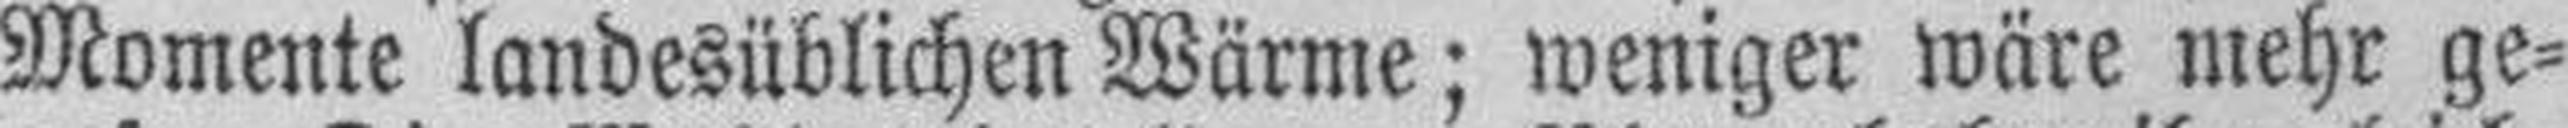
Momente landesüblichen Wärme; weniger wäre mehr ge¬